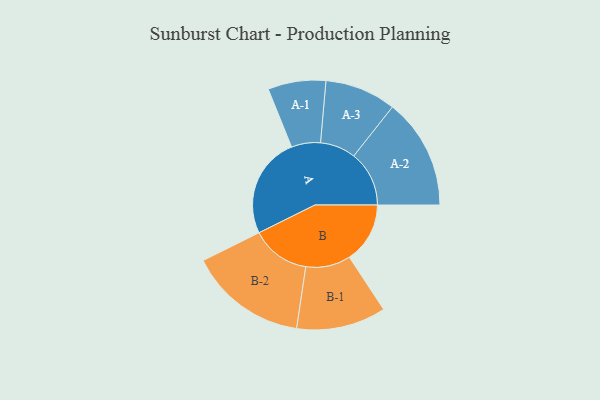
{"axis": {"x": "Segment", "y": "Value"}, "legend": ["", "A", "B"], "data": [{"x": "A", "y": 440, "type": ""}, {"x": "B", "y": 264, "type": ""}, {"x": "A-1", "y": 126, "type": "A"}, {"x": "A-2", "y": 241, "type": "A"}, {"x": "A-3", "y": 155, "type": "A"}, {"x": "B-1", "y": 195, "type": "B"}, {"x": "B-2", "y": 257, "type": "B"}]}